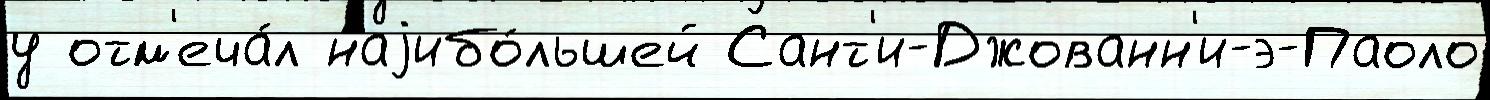
у отм'еча́л наjибо́льшей Сант'и-Джованн'и-э-Паоло